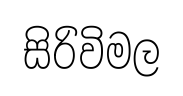
සිරිවිමල